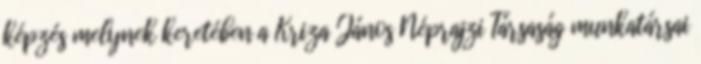
képzés melynek keretében a Kriza János Néprajzi Társaság munkatársai